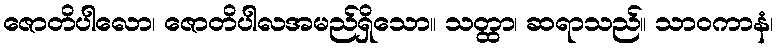
ဇောတိပါလော၊ ဇောတိပါလအမည်ရှိသော။ သတ္ထာ၊ ဆရာသည်။ သာဝကာနံ၊